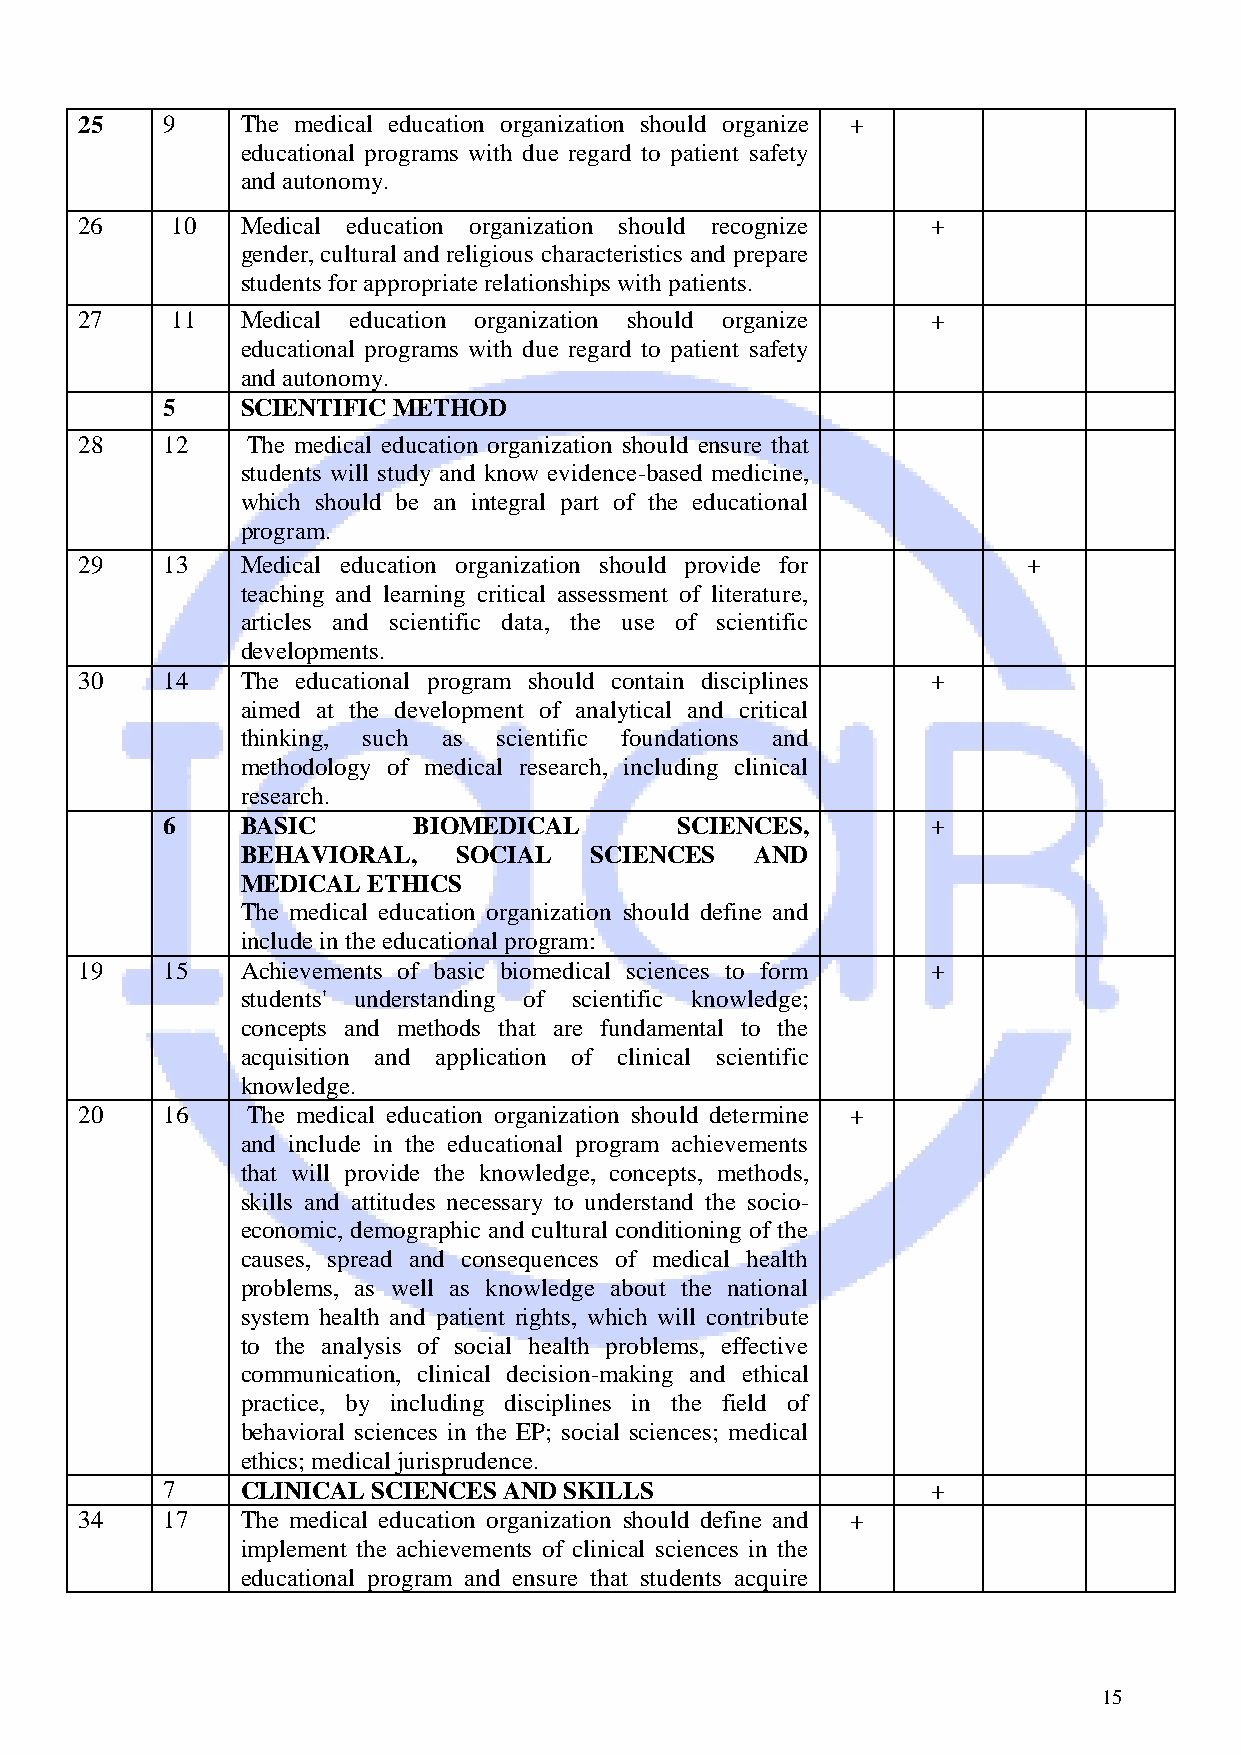
25    9    The medical education organization should organize +
 educational programs with due regard to patient safety
 and autonomy.
 26    10   Medical education organization should recognize +
 gender, cultural and religious characteristics and prepare
 students for appropriate relationships with patients.
 27    11   Medical education organization should organize +
 educational programs with due regard to patient safety
 and autonomy.
 5    SCIENTIFIC METHOD
 28    12   The medical education organization should ensure that
 students will study and know evidence-based medicine,
 which should be an integral part of the educational
 program.
 29    13   Medical education organization should provide for   +
 teaching and learning critical assessment of literature,
 articles and scientific data, the use of scientific
 developments.
 30    14   The educational program should contain disciplines +
 aimed at the development of analytical and critical
 thinking, such as scientific foundations and
 methodology of medical research, including clinical
 research.
 6    BASIC      BIOMEDICAL        SCIENCES,        +
 BEHAVIORAL,   SOCIAL   SCIENCES   AND
 MEDICAL ETHICS
 The medical education organization should define and
 include in the educational program:
 19    15   Achievements of basic biomedical sciences to form +
 students' understanding of scientific knowledge;
 concepts and methods that are fundamental to the
 acquisition and application of clinical scientific
 knowledge.
 20    16   The medical education organization should determine +
 and include in the educational program achievements
 that will provide the knowledge, concepts, methods,
 skills and attitudes necessary to understand the socio-
 economic, demographic and cultural conditioning of the
 causes, spread and consequences of medical health
 problems, as well as knowledge about the national
 system health and patient rights, which will contribute
 to the analysis of social health problems, effective
 communication, clinical decision-making and ethical
 practice, by including disciplines in the field of
 behavioral sciences in the EP; social sciences; medical
 ethics; medical jurisprudence.
 7    CLINICAL SCIENCES AND SKILLS                  +
 34    17   The medical education organization should define and +
 implement the achievements of clinical sciences in the
 educational program and ensure that students acquire
 15